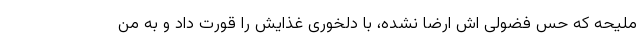
ملیحه که حس فضولی اش ارضا نشده، با دلخوری غذایش را قورت داد و به من